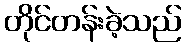
တိုင်တန်းခဲ့သည်